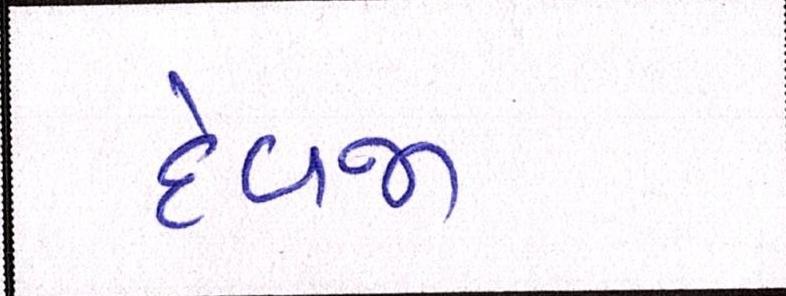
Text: દેવજી